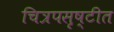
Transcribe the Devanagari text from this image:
चित्रपसृष्टीत